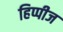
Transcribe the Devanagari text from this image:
हिप्पीज